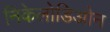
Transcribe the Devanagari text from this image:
निकेलोडिओन